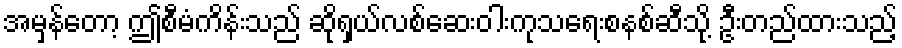
အမှန်တော့ ဤစီမံကိန်းသည် ဆိုရှယ်လစ်ဆေးဝါးကုသရေးစနစ်ဆီသို့ ဦးတည်ထားသည့်